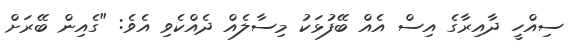
ސިއްހީ ދާއިރާގެ އިސް އެއް ބޭފުޅަކު މިސާލެއް ދެއްކެވި އެވެ: "ގެއިން ބޭރަށް